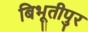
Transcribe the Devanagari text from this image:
बिभूतीपुर